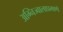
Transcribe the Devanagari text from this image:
अग्निज्वालाप्रमाणे